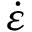
\dot { \varepsilon }